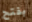
بفتح